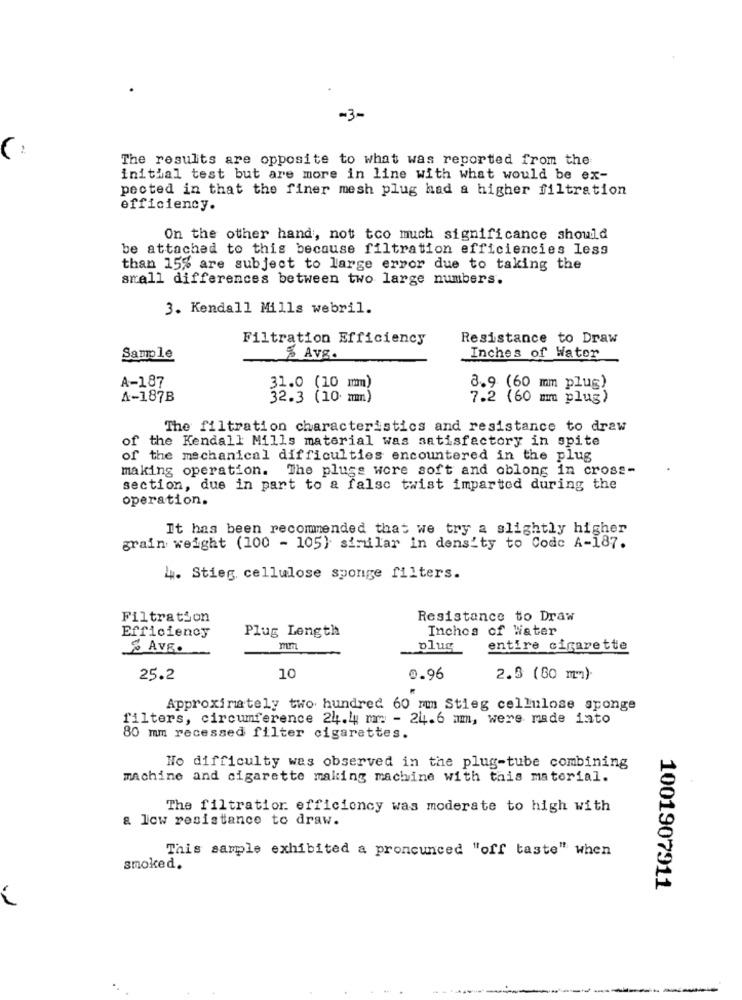
-3-
The results are opposite to what was reported from the
initial test but are more in line with what would be ex-
pected in that the finer mesh plug had a higher filtration
efficiency.
On the other hand, not too much significance should
be attached to this because filtration efficiencies less
than 15% are subject to large error due to taking the
anall differences between two large numbers.
3. Kendall Mills webril.
Filtration Efficiency
Resistance to Draw
Sample
% Avg.
Inches of Water
A-187
31.0 (10 mm)
8.9 (60 mm plug)
A-187B
32.3 (10 mm)
7.2 (60 mm plug)
The filtration characteristics and resistance to draw
of the Kendall Mills material was satisfactory in spite
of the mechanical difficulties encountered in the plug
making operation. The plugs wore soft and oblong in cross-
section, due in part to a false twist imparted during the
operation.
It has been recommended that we try a slightly higher
grain weight (100 - 105} similar in density to Code A-187.
4. Stieg cellulose sponge filters.
Filtration
Resistance to Draw
Plug Length
Inches of Water
Efficiency
& AVE.
plus
entire cigarette
25.2
10
0.96
2.3 (60 mm).
Approximately two hundred 60 mm Stieg cellulose sponge
filters, circumference 24.4 mm: - 24.6 mm, were made into
80 mm recessed filter cigarettes.
No difficulty was observed in the plug-tube combining
machine and cigarette making machine with this material.
The filtration efficiency was moderate to high with
& low resistance to draw.
This sample exhibited a pronounced "off taste" when
smoked.
1001907911